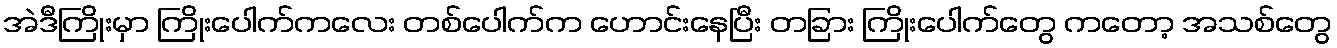
အဲဒီကြိုးမှာ ကြိုးပေါက်ကလေး တစ်ပေါက်က ဟောင်းနေပြီး တခြား ကြိုးပေါက်တွေ ကတော့ အသစ်တွေ